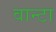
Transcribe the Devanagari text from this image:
वान्टा